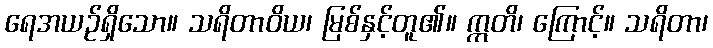
ရေအယဉ်ရှိသော။ သရိတာဝိယ၊ မြစ်နှင့်တူ၏။ ဣတိ၊ ကြောင့်။ သရိတာ၊